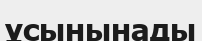
ұсынынады